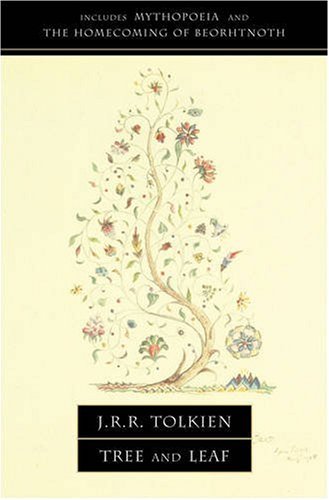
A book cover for Tree and Leaf: Including "Mythopoeia"; J. R. R. Tolkien; Science Fiction & Fantasy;